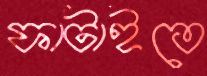
ফাটাইতে